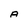
Character: A